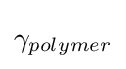
\gamma _{polymer}